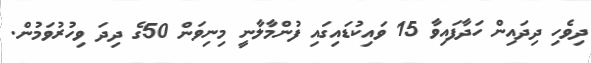
ދިވެހި ދިދައިން ހަދާފައިވާ 15 ވައިކުޑައިގައި ފުންމާލާނީ މިނިވަން 50ގެ ދިދަ ވިހުރުވަމުން.